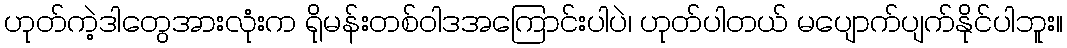
ဟုတ်ကဲ့ဒါတွေအားလုံးက ရိုမန်းတစ်ဝါဒအကြောင်းပါပဲ၊ ဟုတ်ပါတယ် မပျောက်ပျက်နိုင်ပါဘူး။